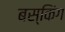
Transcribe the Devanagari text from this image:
बस्किंग